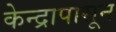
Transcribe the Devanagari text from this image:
केन्द्रापासून